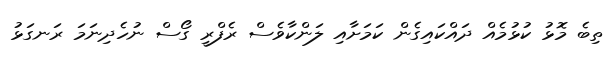
ތިބެ މޮޅު ކުޅުމެއް ދައްކައިގެން ކަމަށާއި ލަންކާވެސް ރެފްރީ ގޯސް ނުހެދިނަމަ ރަނގަޅު